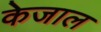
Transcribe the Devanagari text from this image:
केजाल